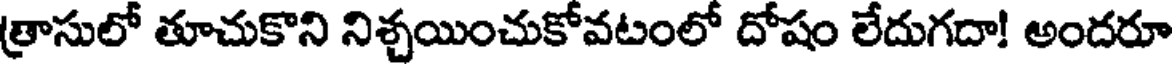
త్రాసులో తూచుకొని నిశ్చయించుకోవటంలో దోషం లేదుగదా! అందరూ